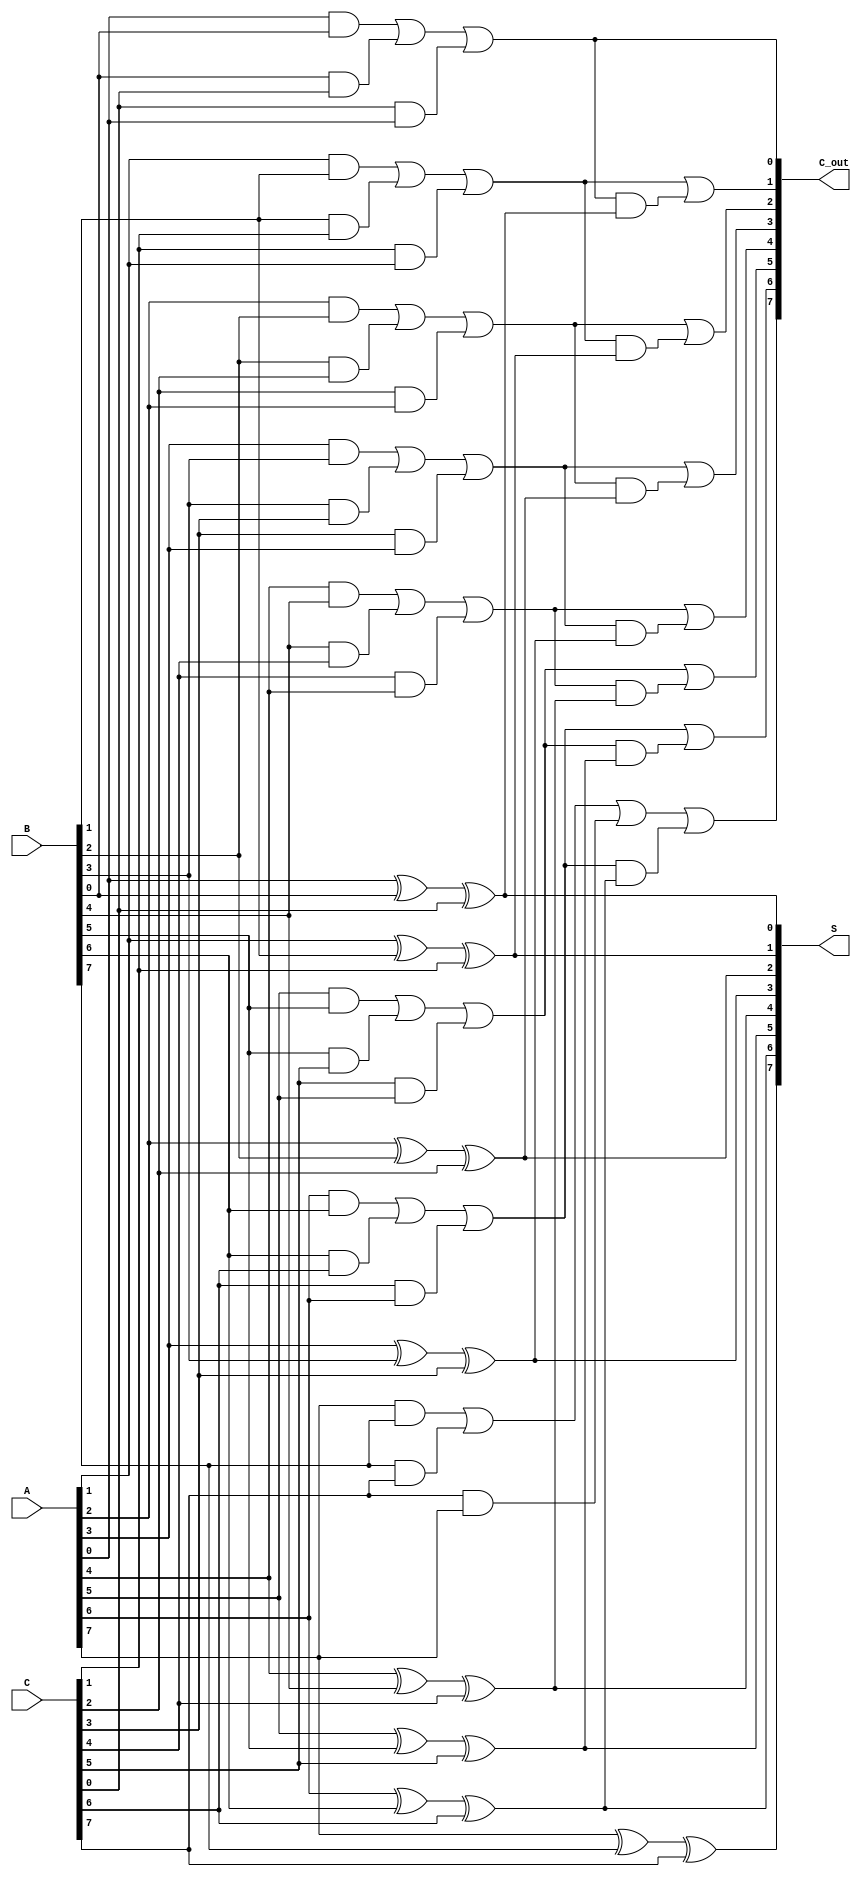
module ripple_carry_save_adder #(parameter n = 8) (
    input  [n-1:0] A,
    input  [n-1:0] B,
    input  [n-1:0] C,
    output [n-1:0] S,
    output [n-1:0] C_out
);

    // Internal wires for carries
    wire [n-1:0] carry;

    // Generate partial sums and carries
    genvar i;
    generate
        for (i = 0; i < n; i = i + 1) begin : adder
            // Calculate the partial sum
            assign S[i] = A[i] ^ B[i] ^ C[i];

            // Calculate the carry
            assign carry[i] = (A[i] & B[i]) | (B[i] & C[i]) | (C[i] & A[i]);
        end
    endgenerate

    // Generate the output carry for each bit position
    genvar j;
    generate
        for (j = 0; j < n; j = j + 1) begin : carry_propagation
            if (j == 0) begin
                assign C_out[j] = carry[j];  // First carry output
            end else begin
                assign C_out[j] = carry[j] | (carry[j-1] & (A[j-1] ^ B[j-1] ^ C[j-1])); // Ripple carry logic
            end
        end
    endgenerate

endmodule